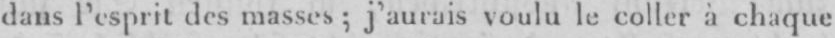
dans l’esprit des masses; j’aurais voulu le coller à chaque